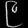
Digit: ၉